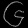
Digit: ၆